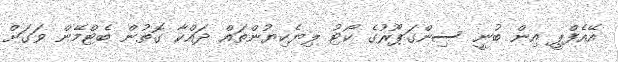
އޭއެފްޕީ އިން ބުނީ ސިންގަޕޫރުގެ ކޯޓު ލިޔެކިޔުންތައް ދައްކާ ގޮތުން ބެޓްމޭން ވަގަށް